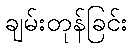
ချမ်းတုန်ခြင်း